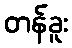
တန်ခူး